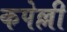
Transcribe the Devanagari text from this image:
कपेल्ली